Civil Veterinary Dept. Bombay admin report 1900-1906 - 1900-1906
Year: 1900
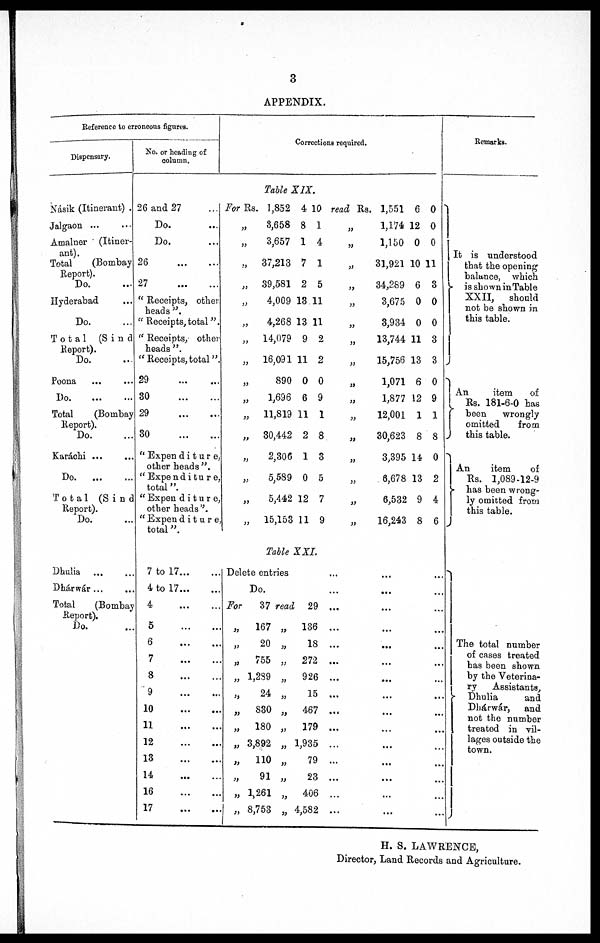
3
APPENDIX.
Reference to erroneous figures.
Dispensary.
No. or heading of
column.
Corrections required.
Remarks.
Table XIX.
Násik (Itinerant) .
Jalgaon ... …
Amalner (Itiner-
ant).
Total
(Bombay
Report).
Do. …
Hyderabad …
Do. …
Total
(Sind
Report).
Do. …
Poona … …
Do. … …
Total
(Bombay
Report).
Do. …
Karáchi ... …
Do. … …
Total (S i n d
Report).
Do. …
26 and 27 …
Do. …
Do. …
26 … …
27 … …
u Receipts, other
heads ".
" Receipts, total".
" Receipts, other
heads ".
" Receipts, total ".
29 … …
30 … …
29 … …
30 … …
" Expenditure,
other heads ",
" Expenditure,
total ".
" Expenditure,
other heads ".
" Expenditure,
total ".
For Rs. 1,852 4 10 read Rs. 1,551 6 0
3,658 8 1
„
1,174 12 0
3,657 14
„
1,150 0 0
„
37,213 7 1
„
31,921 10 11
„
39,581 2 5
„
34,289 6 3
„ 4,009 13 11
„
3,675 0 0
„ 4,268 13 11
„
3,934 0 0
„
14,079 9 2
„
13,744 11 3
„
16,091 11 2
„
15,756 13 3
„
890 0 0
„
1,071 6 0
„
1,696 6 9
„
1,877 12 9
„
11,819 11 1
„
12,001 1 1
„
30,442 2 8
„
30,623 8 8
„ 2,306 1 3
„
3,395 14 0
„ 5,589 0 5
„
6,678 13 2
„ 5,442 12 7
„
6,532 9 4
„
15,153 11 9
„
16,243 8 6
It is understood
that the opening
balance, which
is shown in Table
XXII,
should
not be shown in
this table.
An
item
of
Rs. 181-6-0 has
been
wrongly
omitted
from
this table.
An
item
of
Rs. 1,089-12-9
has been wrong-
ly omitted from
this table.
Table XXI.
Dhulia … …
Dhárwár... …
Total
(Bombay
Report).
Do. …
7 to 17 … …
4 to 17 … …
4 … …
5 … …
6 … …
7 … …
8 … …
9 … …
10 … …
11 … …
12 … …
13 … …
14 … …
16 … …
17 … …
Delete entries … …
Do. … …
For
37 read 29 ... … …
„
167 „
136 ... … …
„ 20 „
18 ... … …
„
755 „
272 ... … …
„ 1,239 „
926 ... … …
„ 24 „
15 ... … …
„ 830 „ 467 ... … …
„
180 „
179 ... … …
„ 3,892 „ 1,935 ... … …
„ 110 „
79 ... … …
„ 91
„
23 ... … …
„ 1,261 „ 406 ... … …
„ 8,753 „ 4,582 ... … …
The total number
of cases treated
has been shown
by the Veterina-
ry
Assistants,
Dhulia
and
Dhárwár,
and
not the number
treated in vil-
lages outside the
town.
H. S. LAWRENCE,
Director, Land Records and Agriculture.